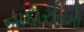
નાદારીઓ